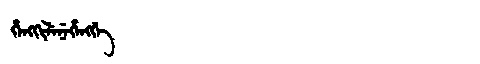
Manchu: ᡥᡝᠩᡴᡳᠯᡝᠨᡝᡥᡝᠩᡤᡝ
Romanization: HENGKILENEHENGGE